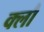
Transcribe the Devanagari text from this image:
क्लौ